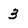
Character: 3